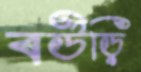
বউড়ি